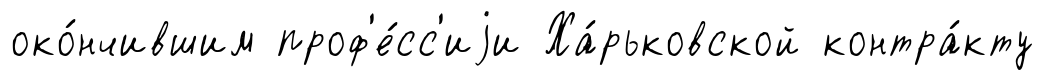
око́нчившим проф'е́сс'иjи Ха́рьковской контра́кту